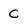
Character: C